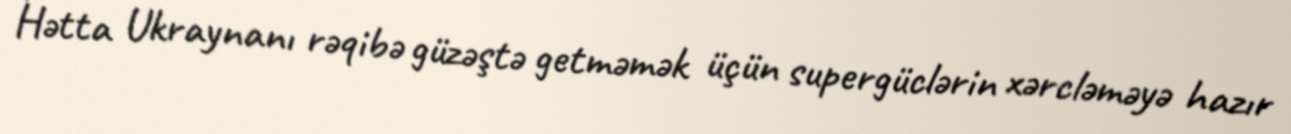
Hətta Ukraynanı rəqibə güzəştə getməmək üçün supergüclərin xərcləməyə hazır